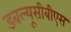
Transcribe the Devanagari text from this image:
डबल्यूसीबीएस